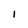
Character: I